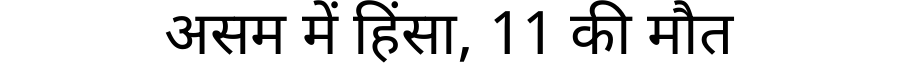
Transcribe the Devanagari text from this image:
असम में हिंसा, 11 की मौत